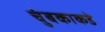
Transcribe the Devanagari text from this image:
चुंबकाकडे